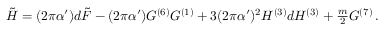
\tilde { H } = ( 2 \pi \alpha ^ { \prime } ) d \tilde { \cal F } - ( 2 \pi \alpha ^ { \prime } ) G ^ { ( 6 ) } { \cal G } ^ { ( 1 ) } + 3 ( 2 \pi \alpha ^ { \prime } ) ^ { 2 } { \cal H } ^ { ( 3 ) } d { \cal H } ^ { ( 3 ) } + { \textstyle \frac { m } { 2 } } { \cal G } ^ { ( 7 ) } \, .